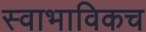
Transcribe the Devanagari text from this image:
स्‍वाभाविकच